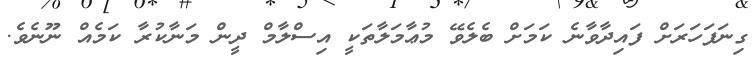
ގިނަފަހަރަށް ފައިދާވާނެ ކަމަށް ބެލެވޭ މުޢާމަލާތަކީ އިސްލާމް ދީން މަނާކުރާ ކަމެއް ނޫނެވެ.